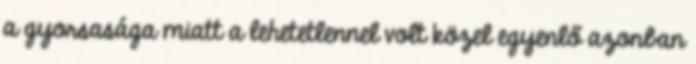
a gyorsasága miatt a lehetetlennel volt közel egyenlő azonban